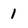
Character: 1